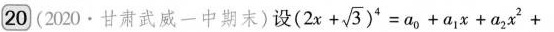
20 (2020 · 甘肃武威一中期末) 设$$( 2 x + \sqrt { 3 } ) ^ { 4 } = a _ { 0 } + a _ { 1 } x + a _ { 2 } x ^ { 2 } +